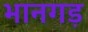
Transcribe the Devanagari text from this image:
भानगड़